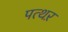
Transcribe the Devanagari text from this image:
पत्थऱ